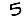
Digit: 5